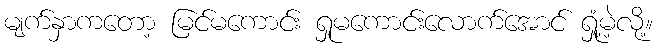
မျက်နှာကတော့ မြင်မကောင်း ရှုမကောင်းလောက်အောင် ရှုံ့မဲ့လို့။